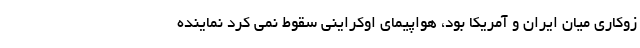
زوکاری میان ایران و آمریکا بود، هواپیمای اوکراینی سقوط نمی کرد نماینده